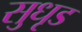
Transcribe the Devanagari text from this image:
सुधृड